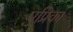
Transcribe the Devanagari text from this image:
एप्रिका